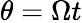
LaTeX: \theta=\Omega t